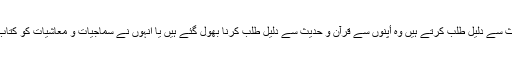
جو دوسروں سے بات بات پر قرآن و حدیث سے دلیل طلب کرتے ہیں وہ أپنوں سے قرآن و حدیث سے دلیل طلب کرنا بھول گئے ہیں یا انہوں نے سماجیات و معاشیات کو کتاب و سنت کے دائرہ سے خارج کر دیا ہے۔